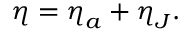
\boldsymbol { \eta } = \boldsymbol { \eta } _ { a } + \boldsymbol { \eta } _ { J } .